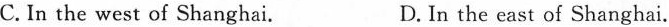
C. In the west of Shanghai. D. In the east of Shanghai.